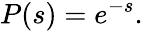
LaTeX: P(s)=e^{-s}.